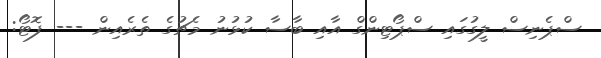
ސްޕެނިސް ލީގުގައި ސްޕޯޓިންގް އާއި ބާސާ ކުޅުނު މެޗުގެ ތެރެއިން --- ފޮޓޯ: